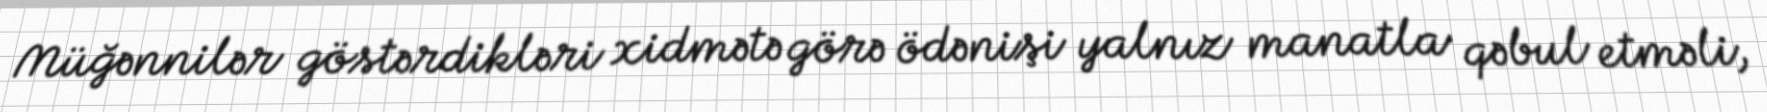
Müğənnilər göstərdikləri xidmətə görə ödənişi yalnız manatla qəbul etməli,